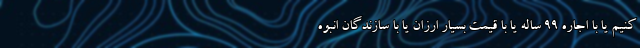
کنیم یا با اجاره ۹۹ ساله یا با قیمت بسیار ارزان یا با سازندگان انبوه